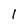
Character: 1